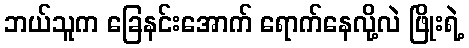
ဘယ်သူက ခြေနင်းအောက် ရောက်နေလို့လဲ ဖြိုးရဲ့